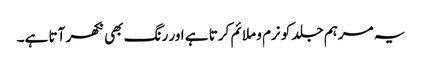
یہ مرہم جلد کو نرم و ملائم کرتا ہے اور رنگ بھی نکھر آتا ہے۔